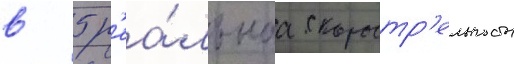
в 5 р'еа́льнаа скоростр'ельность